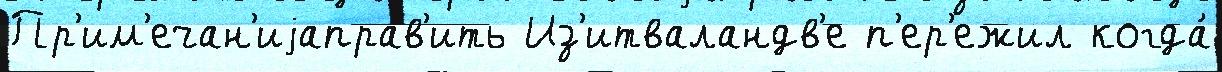
Пр'им'ечан'иjаправ'ить Из'итваландв'е п'ер'ежил когда́